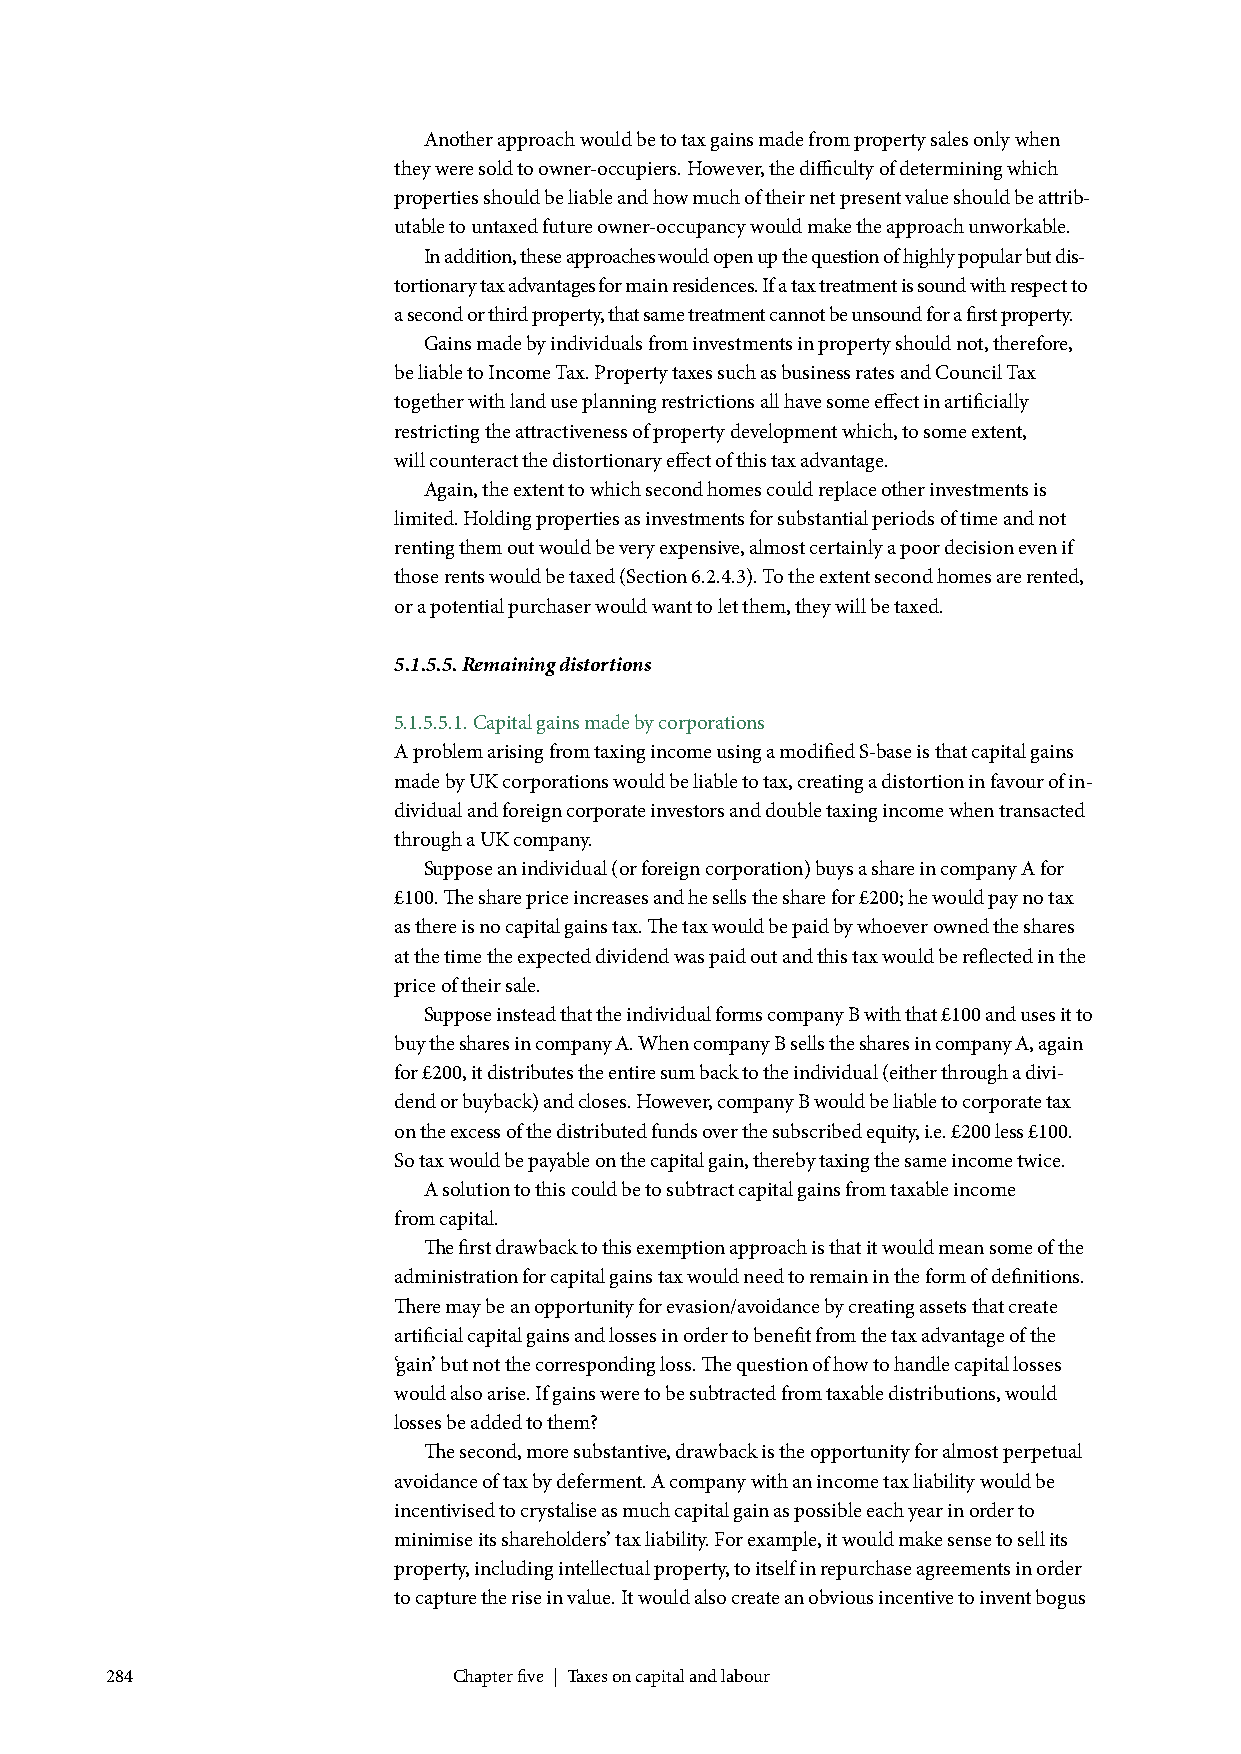
Another approach would be to tax gains made from property sales only when
 they were sold to owner-occupiers. However, the difficulty of determining which
 properties should be liable and how much of their net present value should be attrib-
 utable to untaxed future owner-occupancy would make the approach unworkable.
 In addition, these approaches would open up the question of highly popular but dis-
 tortionary tax advantages for main residences. If a tax treatment is sound with respect to
 a second or third property, that same treatment cannot be unsound for a first property.
 Gains made by individuals from investments in property should not, therefore,
 be liable to Income Tax. Property taxes such as business rates and Council Tax
 together with land use planning restrictions all have some effect in artificially
 restricting the attractiveness of property development which, to some extent,
 will counteract the distortionary effect of this tax advantage.
 Again, the extent to which second homes could replace other investments is
 limited. Holding properties as investments for substantial periods of time and not
 renting them out would be very expensive, almost certainly a poor decision even if
 those rents would be taxed (Section 6.2.4.3). To the extent second homes are rented,
 or a potential purchaser would want to let them, they will be taxed.
 5.1.5.5. Remaining distortions
 5.1.5.5.1. Capital gains made by corporations
 A problem arising from taxing income using a modified S-base is that capital gains
 made by UK corporations would be liable to tax, creating a distortion in favour of in-
 dividual and foreign corporate investors and double taxing income when transacted
 through a UK company.
 Suppose an individual (or foreign corporation) buys a share in company A for
 £100. The share price increases and he sells the share for £200; he would pay no tax
 as there is no capital gains tax. The tax would be paid by whoever owned the shares
 at the time the expected dividend was paid out and this tax would be reflected in the
 price of their sale.
 Suppose instead that the individual forms company B with that £100 and uses it to
 buy the shares in company A. When company B sells the shares in company A, again
 for £200, it distributes the entire sum back to the individual (either through a divi-
 dend or buyback) and closes. However, company B would be liable to corporate tax
 on the excess of the distributed funds over the subscribed equity, i.e. £200 less £100.
 So tax would be payable on the capital gain, thereby taxing the same income twice.
 A solution to this could be to subtract capital gains from taxable income
 from capital.
 The first drawback to this exemption approach is that it would mean some of the
 administration for capital gains tax would need to remain in the form of definitions.
 There may be an opportunity for evasion/avoidance by creating assets that create
 artificial capital gains and losses in order to benefit from the tax advantage of the
 ‘gain’ but not the corresponding loss. The question of how to handle capital losses
 would also arise. If gains were to be subtracted from taxable distributions, would
 losses be added to them?
 The second, more substantive, drawback is the opportunity for almost perpetual
 avoidance of tax by deferment. A company with an income tax liability would be
 incentivised to crystalise as much capital gain as possible each year in order to
 minimise its shareholders’ tax liability. For example, it would make sense to sell its
 property, including intellectual property, to itself in repurchase agreements in order
 to capture the rise in value. It would also create an obvious incentive to invent bogus
 284                    Chapter five | Taxes on capital and labour